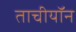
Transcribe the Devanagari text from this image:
ताचीयॉन